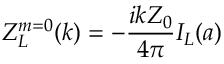
Z _ { L } ^ { m = 0 } ( k ) = - \frac { i k Z _ { 0 } } { 4 \pi } I _ { L } ( a )